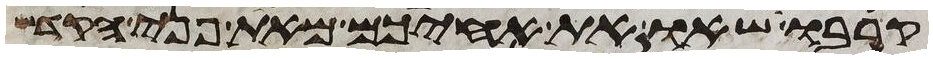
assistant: קרבו שאו את אחיכם מאת פני הקדש